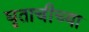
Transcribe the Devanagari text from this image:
घृताचीच्या